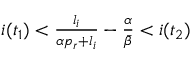
\begin{array} { r } { i ( t _ { 1 } ) < \frac { l _ { i } } { \alpha p _ { r } + l _ { i } } - \frac { \alpha } { \bar { \beta } } < i ( t _ { 2 } ) } \end{array}